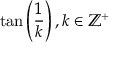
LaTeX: \tan \left( { \frac { 1 } { k } } \right) , k \in \mathbb { Z } ^ { + }